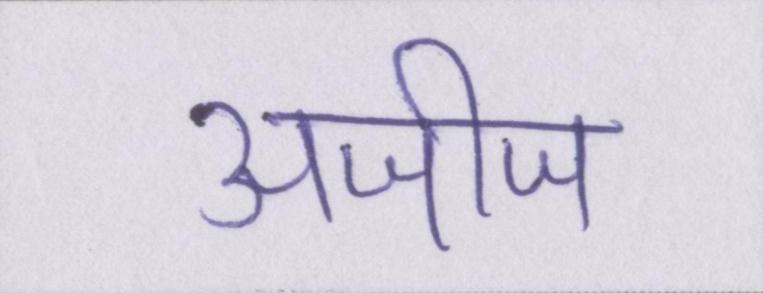
अजीज